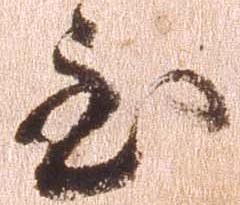
至